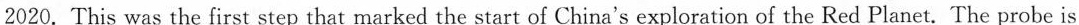
expected to orbit,land on and explore Mars in one mission.If it succeeds, it will be the first to complete